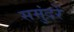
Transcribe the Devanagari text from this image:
समुंदरें